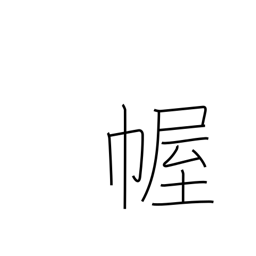
Meaning: curtain